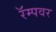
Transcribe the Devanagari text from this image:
रॅम्पवर